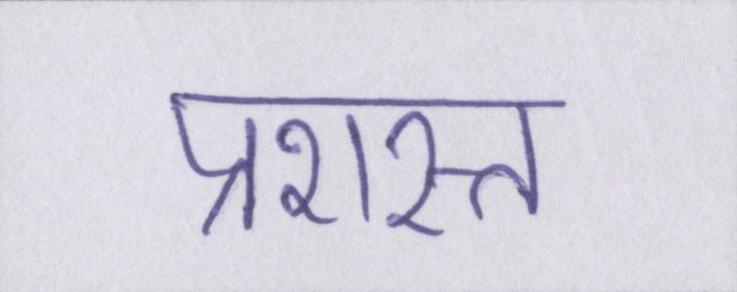
प्रशस्त